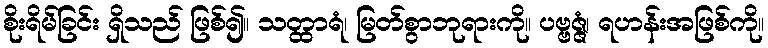
စိုးရိမ်ခြင်း ရှိသည် ဖြစ်၍။ သတ္ထာရံ၊ မြတ်စွာဘုရားကို။ ပဗ္ဗဇ္ဇံ၊ ရဟန်းအဖြစ်ကို။